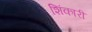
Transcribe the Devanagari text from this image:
शिंकारी